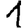
Digit: 1